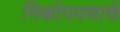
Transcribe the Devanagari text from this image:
निकोपपणाचे